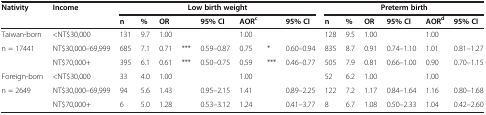
| Nativity | Income | <COLSPAN=8> Low birth weight | <COLSPAN=6> Preterm birth |
 |  |  | n | % | OR |  | 95% CI | AORc |  | 95% CI | n | % | OR | 95% CI | AORd | 95% CI |
 | --- | --- | --- | --- | --- | --- | --- | --- | --- | --- | --- | --- | --- | --- | --- | --- |
 | Taiwan-born | <NT$30,000 | 131 | 9.7 | 1.00 |  |  | 1.00 |  |  | 128 | 9.5 | 1.00 |  | 1.00 |  |
 | n = 17441 | NT$30,000–69,999 | 685 | 7.1 | 0.71 | *** | 0.59–0.87 | 0.75 | * | 0.60–0.94 | 835 | 8.7 | 0.91 | 0.74–1.10 | 1.01 | 0.81–1.27 |
 |  | NT$70,000+ | 395 | 6.1 | 0.61 | *** | 0.50–0.75 | 0.59 | *** | 0.46–0.77 | 505 | 7.9 | 0.81 | 0.66–1.00 | 0.90 | 0.70–1.15 |
 | Foreign-born | <NT$30,000 | 33 | 4.0 | 1.00 |  |  | 1.00 |  |  | 52 | 6.2 | 1.00 |  | 1.00 |  |
 | n = 2649 | NT$30,000–69,999 | 94 | 5.6 | 1.43 |  | 0.95–2.15 | 1.41 |  | 0.89–2.25 | 122 | 7.2 | 1.17 | 0.84–1.64 | 1.16 | 0.80–1.68 |
 |  | NT$70,000+ | 6 | 5.0 | 1.28 |  | 0.53–3.12 | 1.24 |  | 0.41–3.77 | 8 | 6.7 | 1.08 | 0.50–2.33 | 1.04 | 0.42–2.60 |